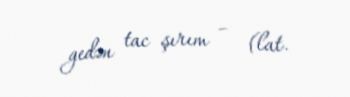
gedən tac şırım – (lat.